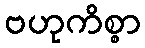
ဗဟုကိစ္စာ